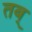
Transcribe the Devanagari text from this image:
तब्